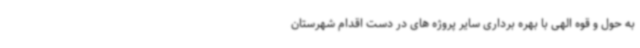
به حول و قوه الهی با بهره برداری سایر پروژه های در دست اقدام شهرستان